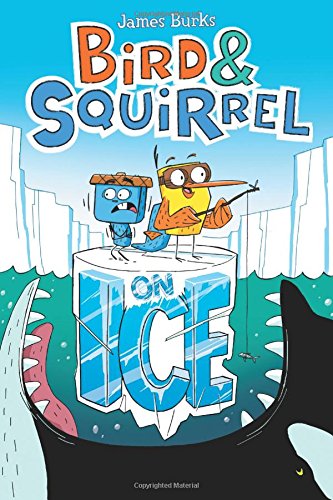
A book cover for Bird & Squirrel on Ice; James Burks; Children's Books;